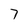
Character: 7